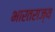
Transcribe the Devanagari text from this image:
भारतराज्य